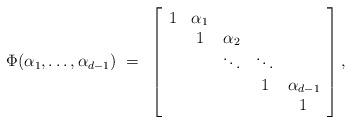
LaTeX: \begin{align*}\Phi(\alpha_1,\ldots,\alpha_{d-1})~=~\left[ \begin{array}{ccccl} 1 & \alpha_1 & & & \\ & 1 & \alpha_2 & & \\ & & \ddots & \ddots & \\ & & & 1 & \alpha_{d-1} \\ & & & & ~~1 \end{array} \right],\end{align*}